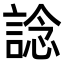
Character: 諗